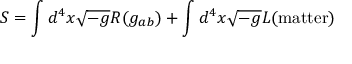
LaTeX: S = \int d ^ { 4 } x \sqrt { - g } R ( g _ { a b } ) + \int d ^ { 4 } x \sqrt { - g } { \cal L } ( \mathrm { m a t t e r } )